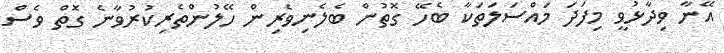
އޭނާ ވިދާޅުވީ މިފަދަ މައްސަލަތަކާ ބެހޭ ގޮތުން ބެލެނިވެރިން ހޭލުންތެރިކުރުވާނެ ގޮތް ވެސް